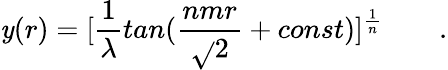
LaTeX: \mathit{y}(r)=[{\frac{{1}}{{\lambda}}}tan({\frac{{nmr}}{{\sqrt{}{2}}}}+const)]^{\frac{{1}}{{n}}}\qquad.